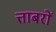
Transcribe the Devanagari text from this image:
त्ताबरों